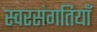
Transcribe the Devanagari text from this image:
स्वरसंगतियाँ